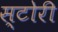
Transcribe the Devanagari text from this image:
स्‍टोरी